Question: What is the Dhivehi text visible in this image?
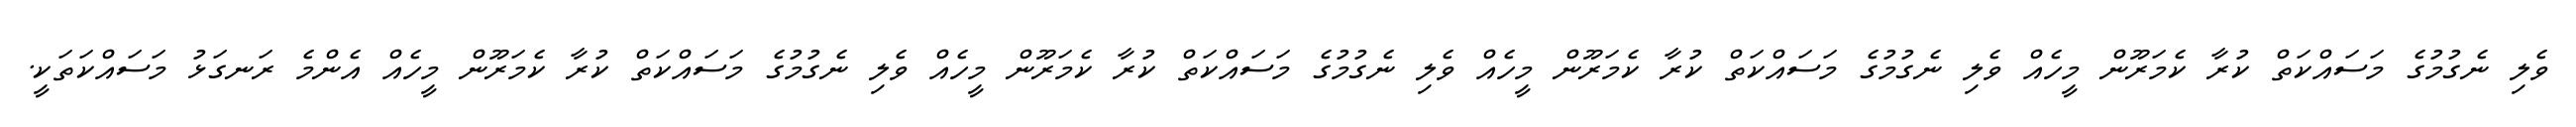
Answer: ވެލި ނެގުމުގެ މަސައްކަތް ކުރާ ކެމަރޫން މީހެއް ވެލި ނެގުމުގެ މަސައްކަތް ކުރާ ކެމަރޫން މީހެއް ވެލި ނެގުމުގެ މަސައްކަތް ކުރާ ކެމަރޫން މީހެއް ވެލި ނެގުމުގެ މަސައްކަތް ކުރާ ކެމަރޫން މީހެއް އެންމެ ރަނގަޅު މަސައްކަތަކީ.